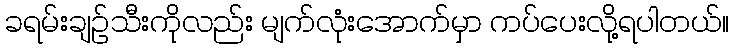
ခရမ်းချဉ်သီးကိုလည်း မျက်လုံးအောက်မှာ ကပ်ပေးလို့ရပါတယ်။